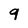
Character: 9